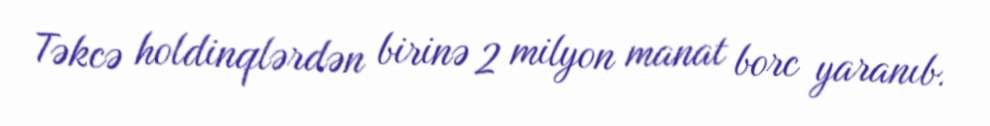
Təkcə holdinqlərdən birinə 2 milyon manat borc yaranıb.